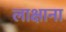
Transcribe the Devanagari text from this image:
लाक्षाना